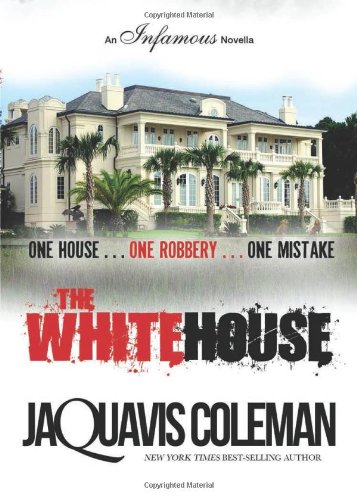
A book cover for The White House; JaQuavis Coleman; Mystery, Thriller & Suspense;